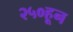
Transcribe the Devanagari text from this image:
२५०हून